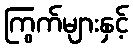
ကြွက်များနှင့်